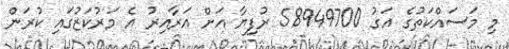
މި މަސައްކަތުގެ އަގު 58949700 ރުފިޔާ އަށް އަރާއިރު އެ މަރުކަޒުގައި ކުރަން